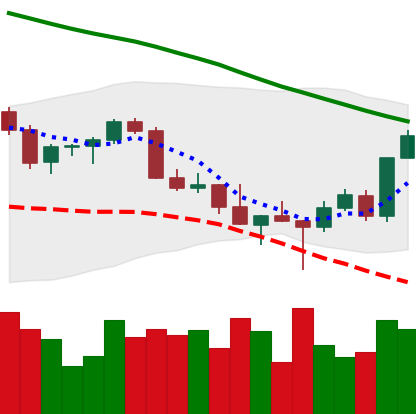
Ticker: XMR-USD
Chart end date: 2022-03-01
Forward return: -10.358%
Label: down_7plus